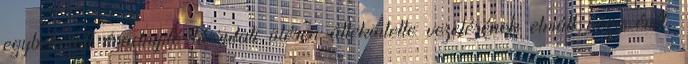
egybekötött évadnyitó társulati ülésen áttekintette vezetésének elmúlt négy évét,